Report on lock hospitals in British Burma
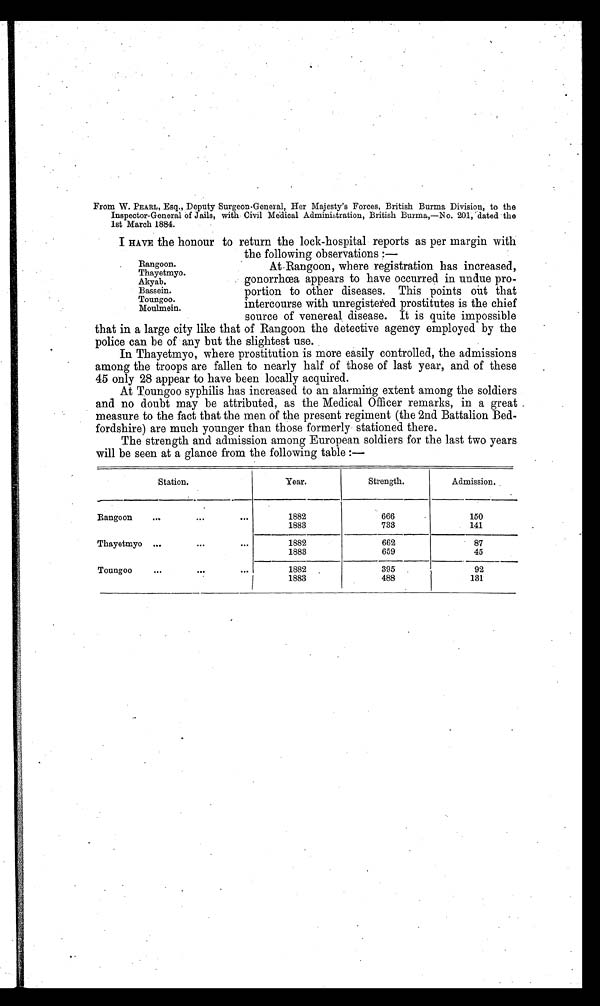
•
From W. PEARL, Esq., Deputy Surgeon-General, Her Majesty's Forces, British Burma Division, to the
Inspector-General of Jails, with Civil Medical Administration, British Burma,—No. 201, dated the
1st March 1884.
I HAVE the honour to return the lock-hospital reports as per margin with
the following observations :—
At Rangoon, where registration has increased,
gonorrhœa appears to have occurred in undue pro-
portion to other diseases. This points out that
intercourse with unregistered prostitutes is the chief
source of venereal, disease. It is quite impossible
that in a large city like that of Rangoon the detective agency employed by the
police can be of any but the slightest use.
In Thayetmyo, where prostitution is more easily controlled, the admissions
among the troops are fallen to nearly half of those of last year, and of these
45 only 28 appear to have been locally acquired.
At Toungoo syphilis has increased to an alarming extent among the soldiers
and no doubt may be attributed, as the Medical Officer remarks, in a great
measure to the fact that the men of the present regiment (the 2nd Battalion Bed-
fordshire) are much younger than those formerly stationed there.
The strength and admission among European soldiers for the last two years
will be seen at a glance from the following table :—
Station.
Year.
Strength.
Admission.
Rangoon
..
...
. . .
1882
1883
666
733
150
141
Thayetmyo ...
. . .
. . .
1882
1883
662
659
87
45
Toungoo
. . .
. . .
1882
1883
395
488
92
131
Rangoon.
Thayetmyo.
Akyab.
Bassein.
Toungoo.
Moulmein.